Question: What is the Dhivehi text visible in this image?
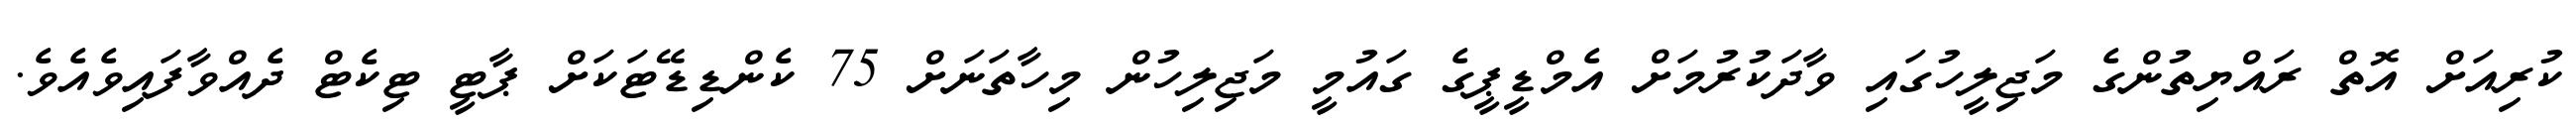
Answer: ކުރިއަށް އޮތް ރައްޔިތުންގެ މަޖިލީހުގައި ވާދަކުރުމަށް އެމްޑީޕީގެ ގައުމީ މަޖިލިހުން މިހާތަނަށް 75 ކެންޑިޑޭޓަކަށް ޕާޓީ ޓިކެޓް ދެއްވާފައިވެއެވެ.